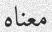
معناه